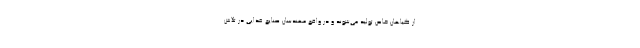
از گیاهان خاص تولید می‌شوند و در واقع مهندسان صنایع غذایی در تلاش